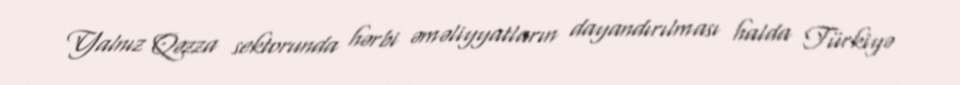
Yalnız Qəzza sektorunda hərbi əməliyyatların dayandırılması halda Türkiyə